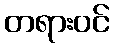
တရားဝင်